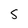
Character: 5